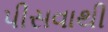
પીસવાથી